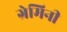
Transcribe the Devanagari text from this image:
ग्रेमिनी